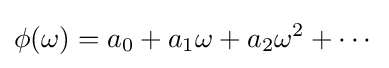
\phi (\omega )=a_{0}+a_{1}\omega +a_{2}\omega ^{2}+\cdots